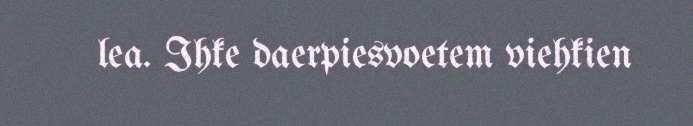
lea. Ihke daerpiesvoetem viehkien